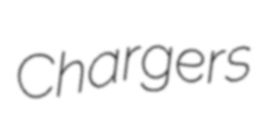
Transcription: Chargers